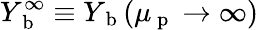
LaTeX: Y_{\mathrm{~b~}}^{\infty}\equiv Y_{\mathrm{~b~}}(\mu_{\mathrm{~p~}}\to\infty)